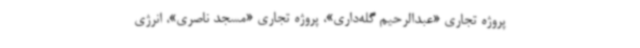
پروژه تجاری «عبدالرحیم گله‌داری»، پروژه تجاری «مسجد ناصری»، انرژی